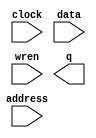
module ip_ram (
	address,
	clock,
	data,
	wren,
	q);

	input	[14:0]  address;
	input	  clock;
	input	[15:0]  data;
	input	  wren;
	output	[15:0]  q;
`ifndef ALTERA_RESERVED_QIS
// synopsys translate_off
`endif
	tri1	  clock;
`ifndef ALTERA_RESERVED_QIS
// synopsys translate_on
`endif

endmodule